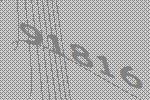
91816